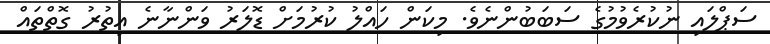
ސަޕްލައި ނުކުރެވުމުގެ ސަބަބުންނެވެ. މިކަން ހައްލު ކުރުމަށް ޑޮލަރު ވަންނާނެ އިތުރު ގޮތްތައް